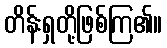
တိန်းရှတို့ဖြစ်ကြ၏။